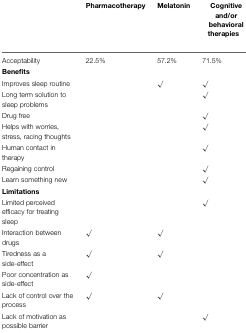
<table><thead><tr><td></td><td><b>Pharmacotherapy</b></td><td><b>Melatonin</b></td><td><b>Cognitive and/or behavioral therapies</b></td></tr></thead><tbody><tr><td>Acceptability</td><td>22.5%</td><td>57.2%</td><td>71.5%</td></tr><tr><td><b>Benefits</b></td><td></td><td></td><td></td></tr><tr><td>Improves sleep routine</td><td></td><td>√</td><td>√</td></tr><tr><td>Long term solution to sleep problems</td><td></td><td></td><td>√</td></tr><tr><td>Drug free</td><td></td><td></td><td>√</td></tr><tr><td>Helps with worries, stress, racing thoughts</td><td></td><td></td><td>√</td></tr><tr><td>Human contact in therapy</td><td></td><td></td><td>√</td></tr><tr><td>Regaining control</td><td></td><td></td><td>√</td></tr><tr><td>Learn something new</td><td></td><td></td><td>√</td></tr><tr><td><b>Limitations</b></td><td></td><td></td><td></td></tr><tr><td>Limited perceived efficacy for treating sleep</td><td></td><td></td><td>√</td></tr><tr><td>Interaction between drugs</td><td>√</td><td>√</td><td></td></tr><tr><td>Tiredness as a side-effect</td><td>√</td><td>√</td><td></td></tr><tr><td>Poor concentration as side-effect</td><td>√</td><td></td><td></td></tr><tr><td>Lack of control over the process</td><td>√</td><td>√</td><td></td></tr><tr><td>Lack of motivation as possible barrier</td><td></td><td></td><td>√</td></tr></tbody></table>